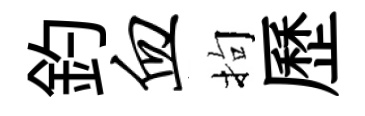
釣血拘歷